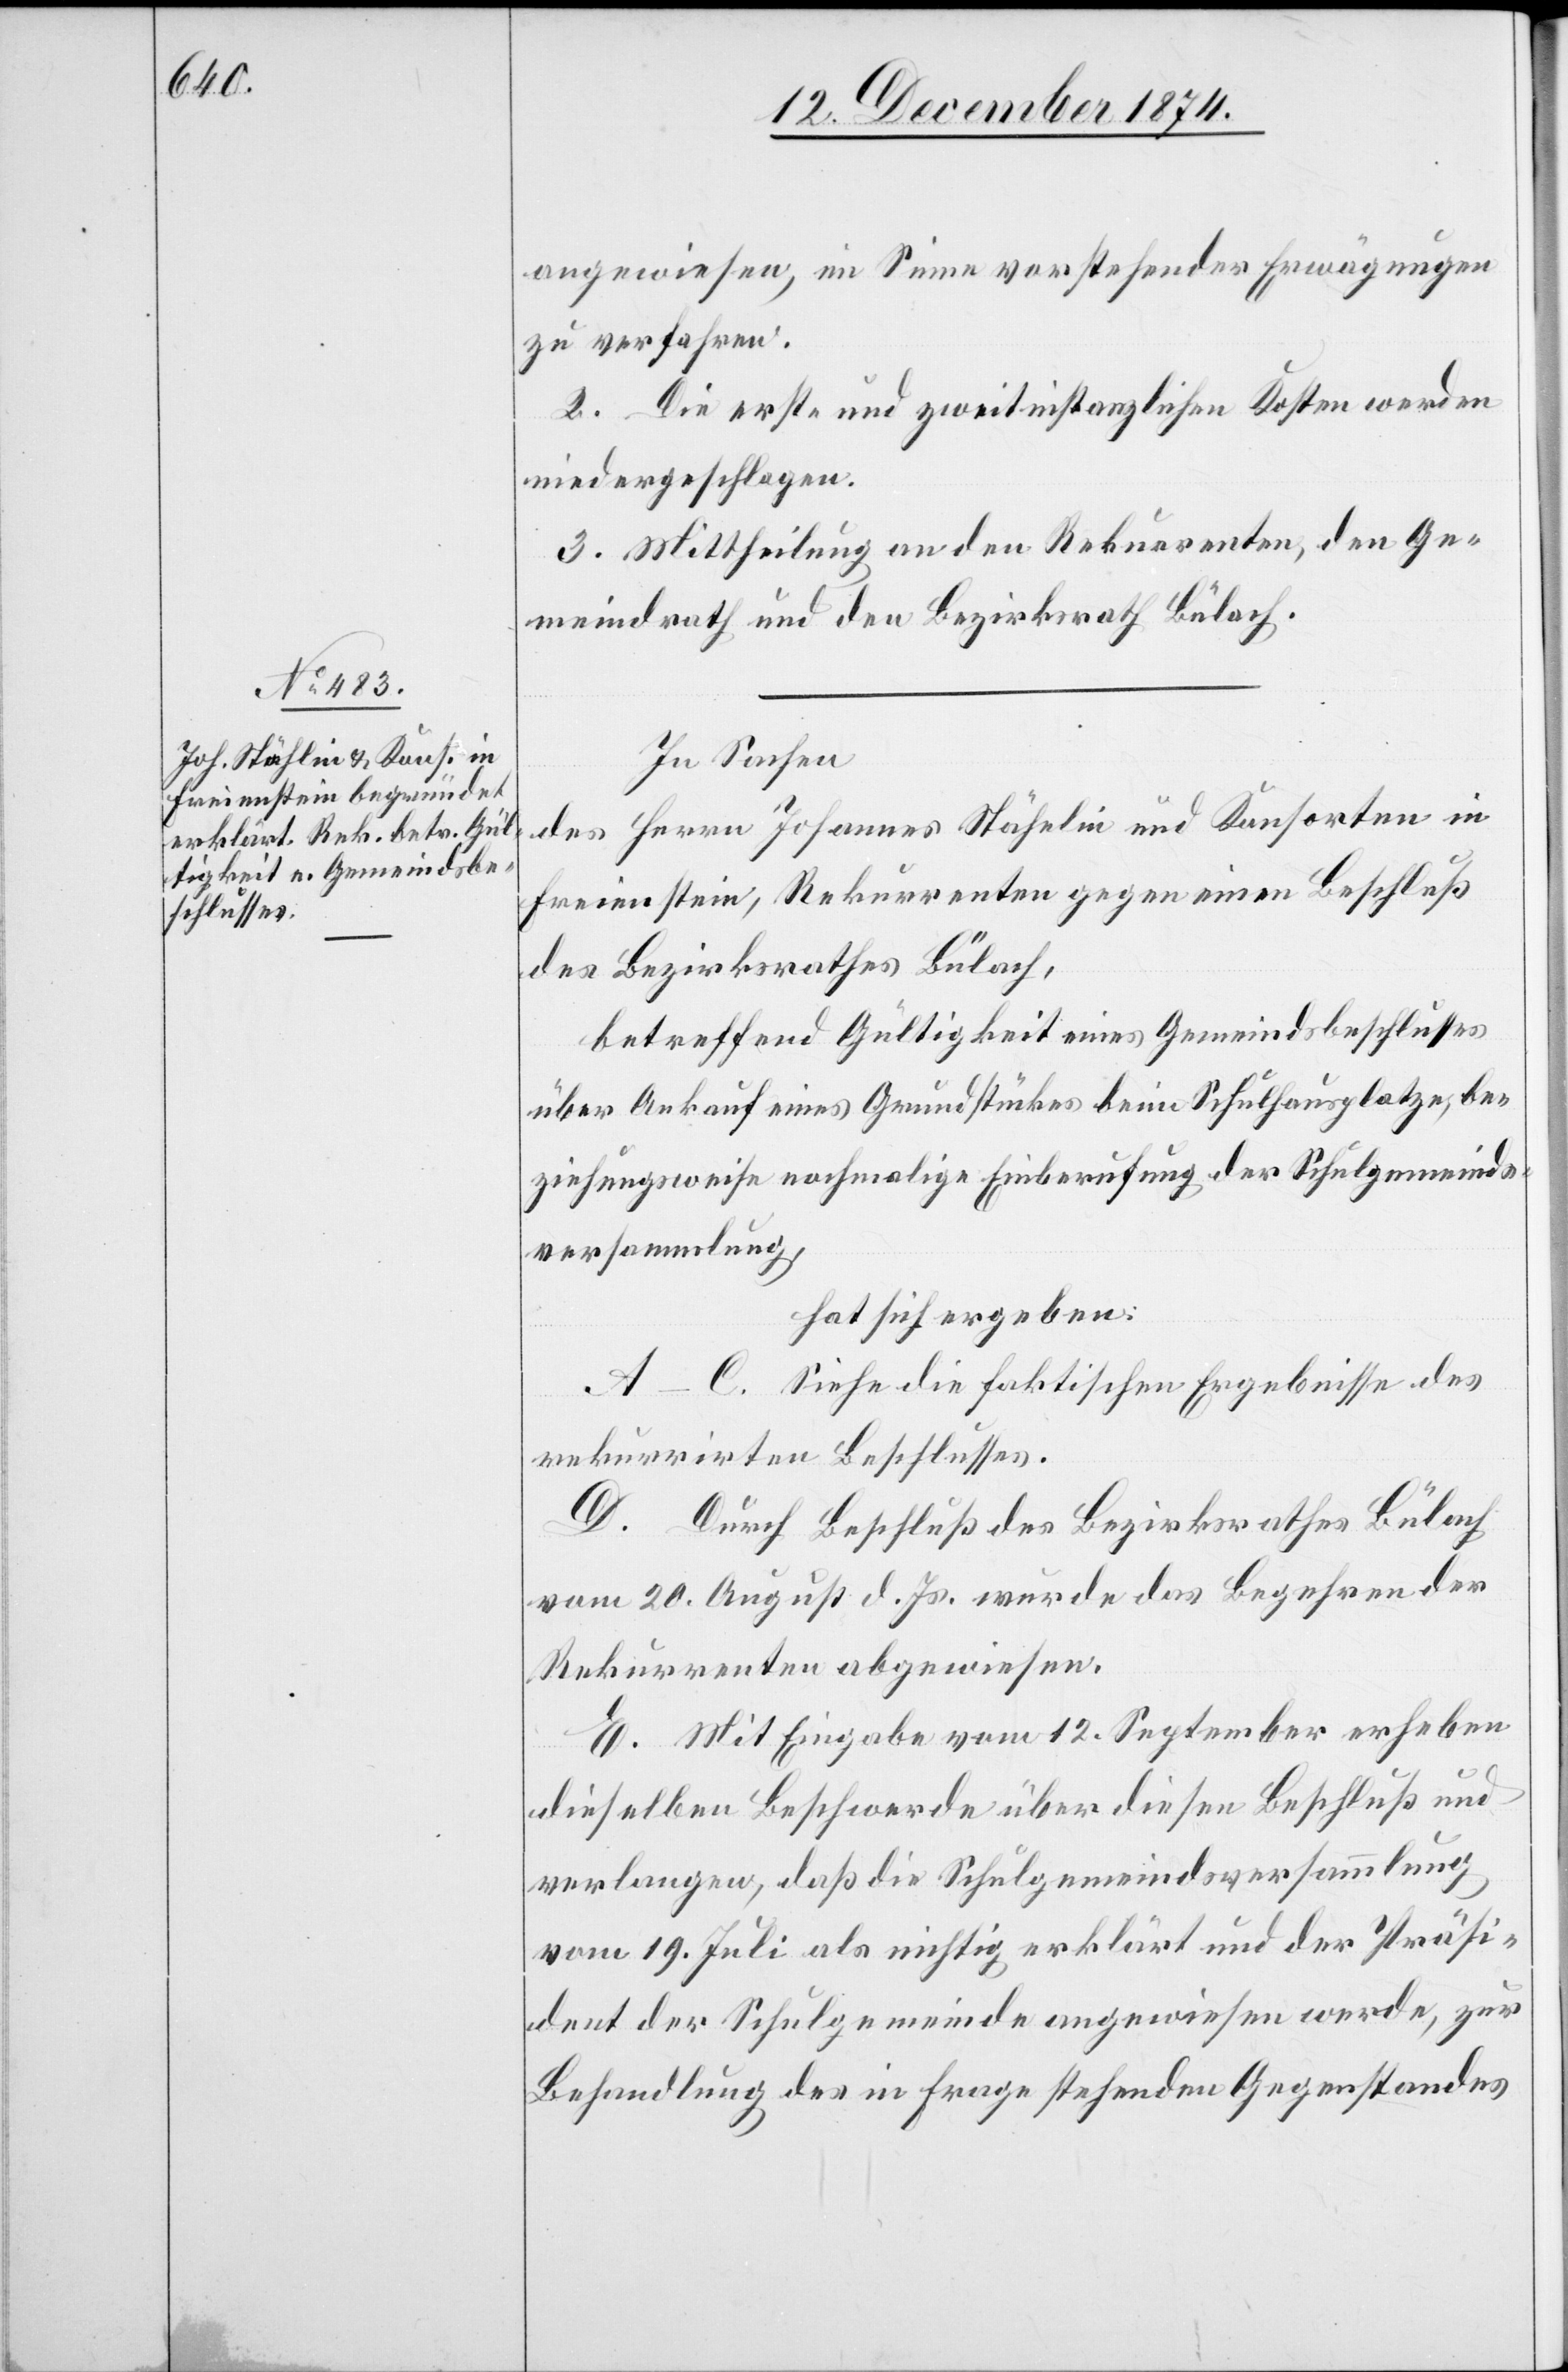
angewiesen, im Sinne vorstehender Erwägungen
zu verfahren.
2. Die erst- und zweitinstanzlichen Kosten werden
niedergeschlagen.
3. Mittheilung an den Rekurrenten, den Ge¬
meindrath und den Bezirksrath Bülach.
In Sachen
des Herrn Johannes Stähelin [sic!] und Konsorten in
Freienstein, Rekurrenten gegen einen Beschluß
des Bezirksrathes Bülach,
betreffend Gültigkeit eines Gemeindsbeschlusses
über Ankauf eines Grundstückes beim Schulhausplatze, be¬
ziehungsweise nochmalige Einberufung der Schulgemeinds¬
versammlung,
hat sich ergeben:
A–C. Siehe die faktischen Ergebnisse des
rekurrirten Beschlusses.
D. Durch Beschluß des Bezirksrathes Bülach
vom 20. August d. Js. wurde das Begehren der
Rekurrenten abgewiesen.
E. Mit Eingabe vom 12. September erheben
dieselben Beschwerde über diesen Beschluß und
verlangen, daß die Schulgemeindsversammlung
vom 19. Juli als nichtig erklärt und der Präsi¬
dent der Schulgemeinde angewiesen werde, zur
Behandlung des in Frage stehenden Gegenstandes